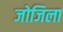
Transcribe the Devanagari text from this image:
जोजिला